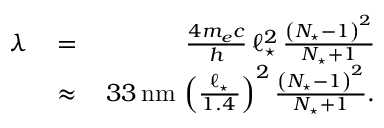
\begin{array} { r l r } { \lambda \, } & { = } & { \, \frac { 4 m _ { e } c } { h } \, \ell _ { \star } ^ { 2 } \, \frac { \left( N _ { \star } - 1 \right) ^ { 2 } } { N _ { \star } + 1 } } \\ & { \approx } & { \, 3 3 \, \mathrm { n m } \, \left( \frac { \ell _ { \star } } { 1 . 4 \, \AA } \right) ^ { 2 } \frac { \left( N _ { \star } - 1 \right) ^ { 2 } } { N _ { \star } + 1 } . } \end{array}